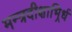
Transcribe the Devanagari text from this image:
मन्त्रदीक्षाभिर्र्ध